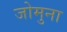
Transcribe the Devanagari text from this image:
जोमुना